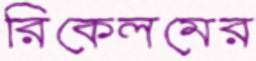
রিকেলমের